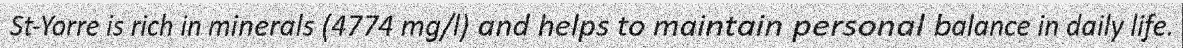
St-Yorre is rich in minerals (4774 mg/l) and helps to maintain personal balance in daily life.